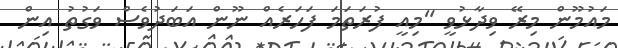
މައުމޫން މިރޭ ވިދާޅުވީ "މިއީ ފުރަތަމަ ފަހަރެއް ނޫން އަބަދުވެސް ވަގުތު އިން